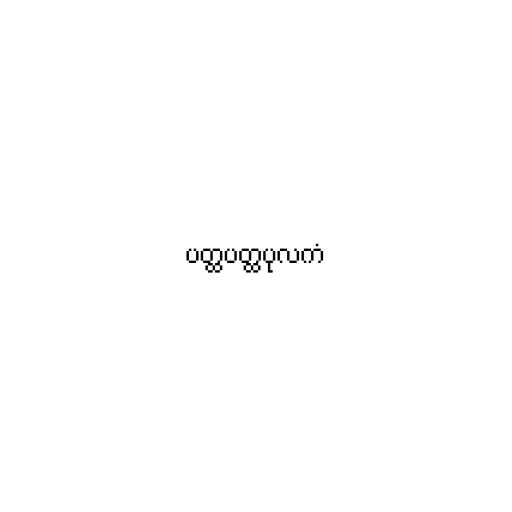
ပတ္ထပတ္ထပုလကံ